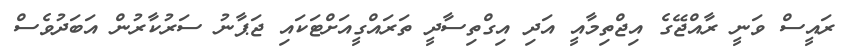
ރައީސް ވަނީ ރާއްޖޭގެ އިޖްތިމާއީ އަދި އިގްތިސާދީ ތަރައްގީއަށްޓަކައި ޖަޕާނު ސަރުކާރުން އަބަދުވެސް